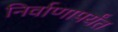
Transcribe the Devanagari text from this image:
निर्वाणापर्यंत